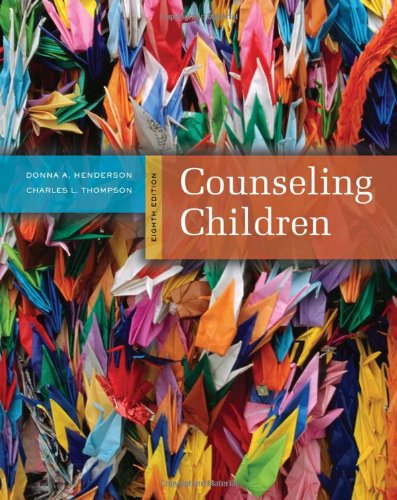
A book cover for Counseling Children, 8th Edition; Donna A. Henderson; Education & Teaching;